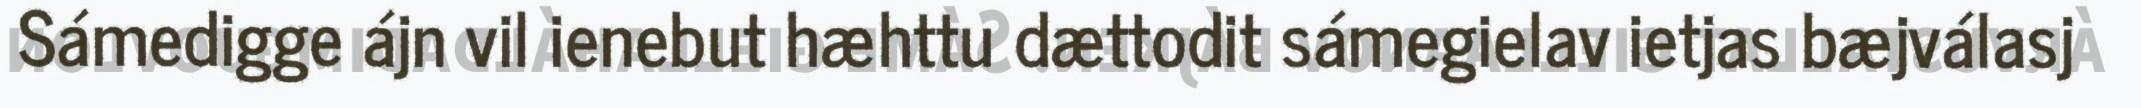
Sámedigge ájn vil ienebut hæhttu dættodit sámegielav ietjas bæjválasj